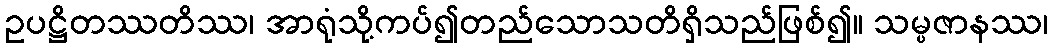
ဥပဋ္ဌိတဿတိဿ၊ အာရုံသို့ကပ်၍တည်သောသတိရှိသည်ဖြစ်၍။ သမ္ပဇာနဿ၊